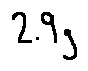
2 . 9 g